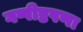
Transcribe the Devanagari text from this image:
गप्पीष्टपणा